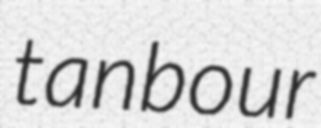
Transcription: tanbour